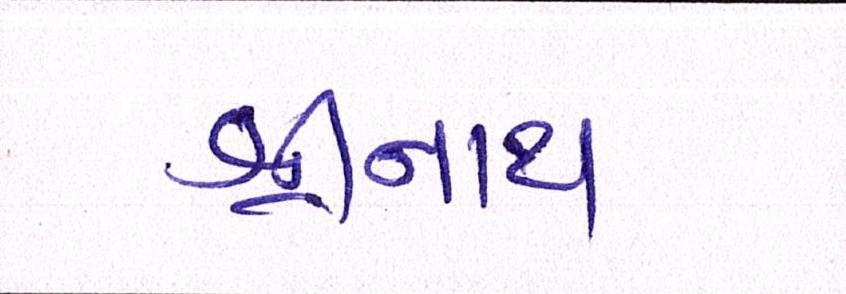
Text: શ્રીનાથ